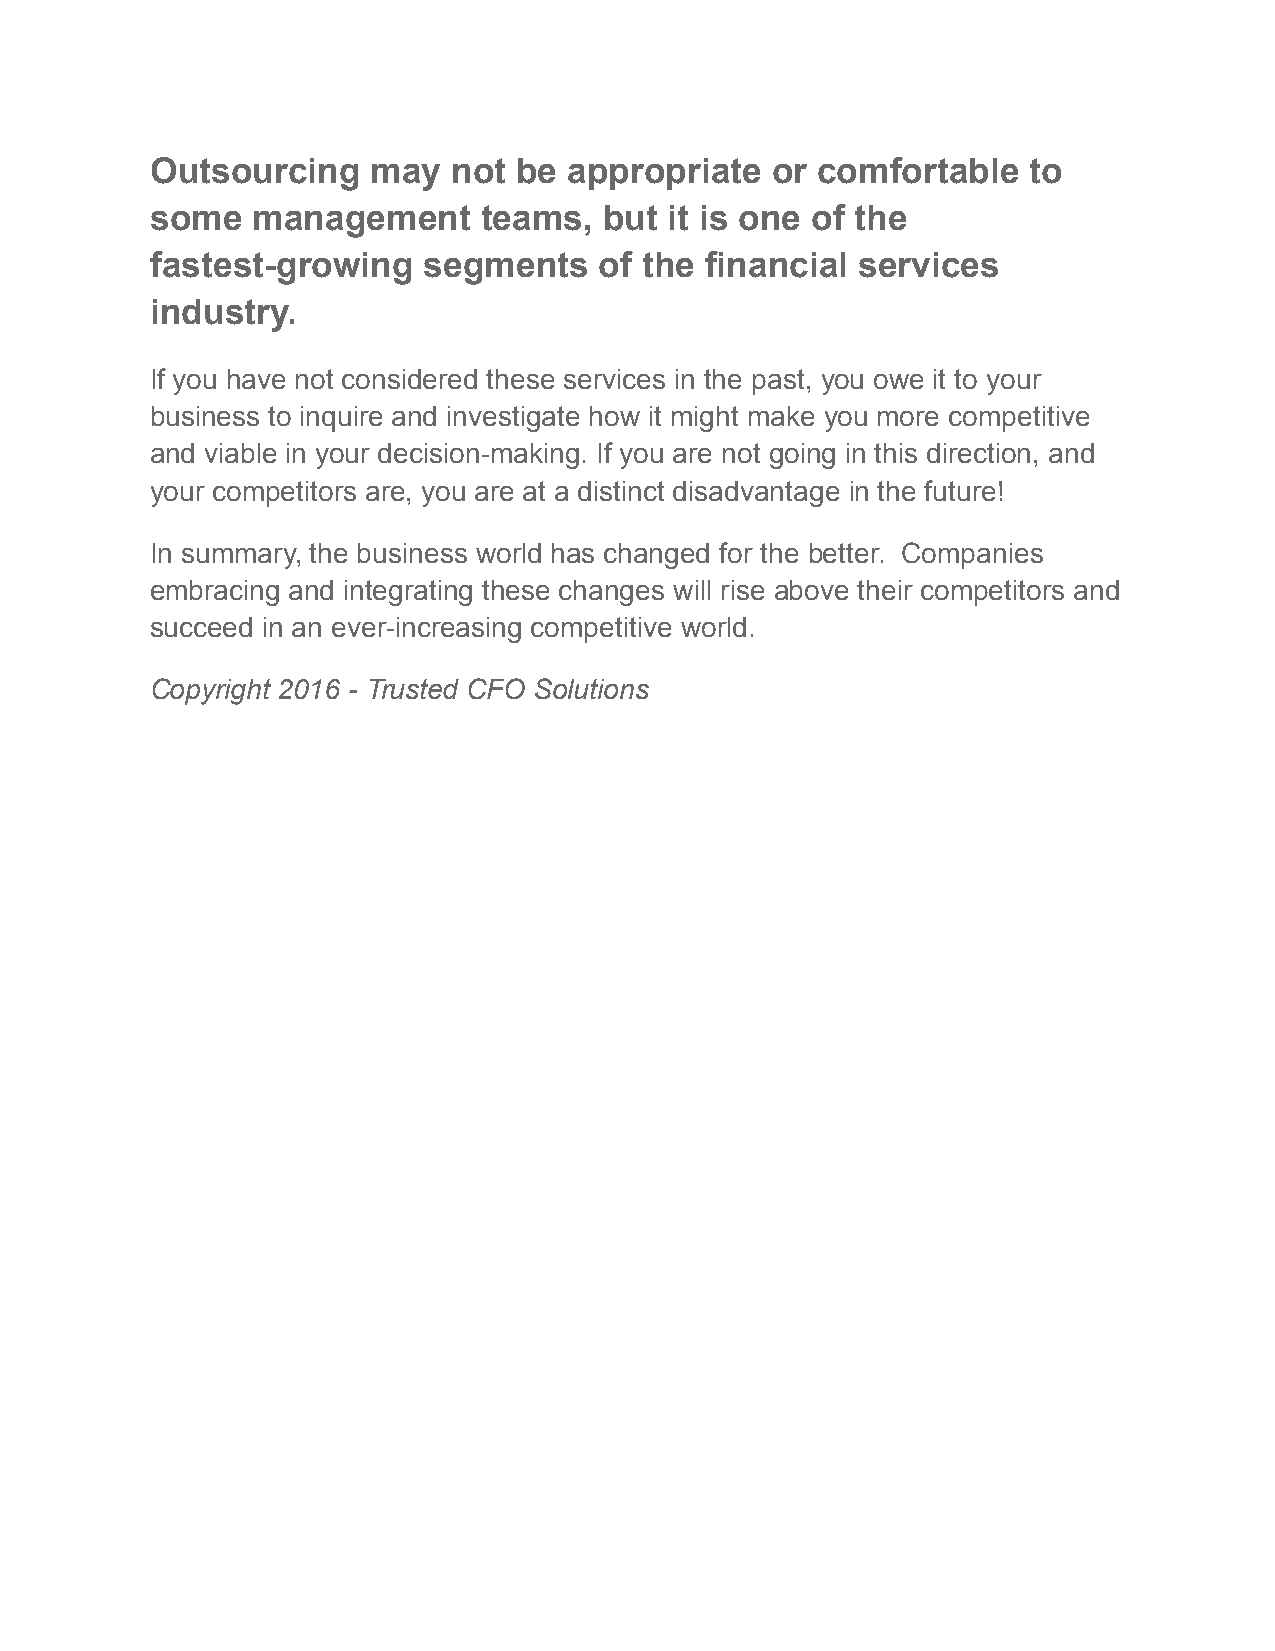
Outsourcing    may  not be  appropriate  or comfortable   to
 some   management     teams,  but it is one of the
 fastest-growing   segments    of the financial services
 industry.
 If you have not considered these services in the past, you owe it to your
 business to inquire and investigate how it might make you more competitive
 and viable in your decision-making. If you are not going in this direction, and
 your competitors are, you are at a distinct disadvantage in the future!
 In summary, the business world has changed for the better. Companies
 embracing and integrating these changes will rise above their competitors and
 succeed in an ever-increasing competitive world.
 Copyright 2016 - Trusted CFO Solutions